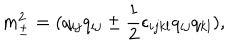
LaTeX: m _ { \pm } ^ { 2 } = ( q _ { i j } q _ { i j } \pm { \frac { 1 } { 2 } } \epsilon _ { i j k l } q _ { i j } q _ { k l } ) ,